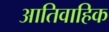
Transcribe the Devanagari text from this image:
आतिवाहिक